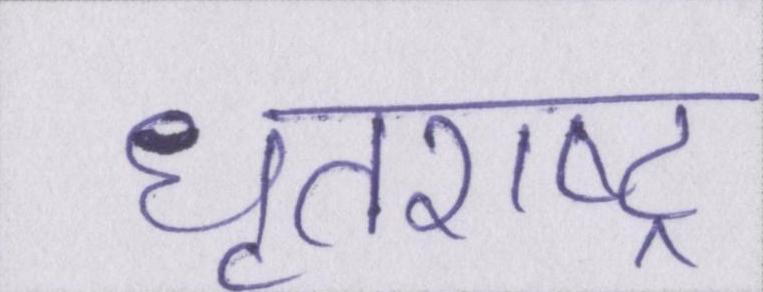
धृतराष्ट्र